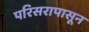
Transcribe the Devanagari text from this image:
परिसरापासून